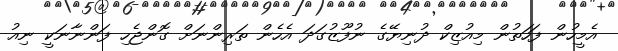
އެމީހުން ފަހަތުން މިއުޒިކް ދުނިޔޭގެ ނުފޫޒުގަދަ އެހެން ތަރިންނަށް ގޮންޖެހި ފަންނާނަކީ ނިއު